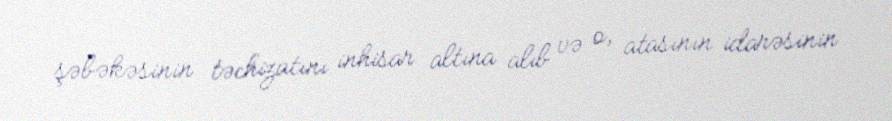
şəbəkəsinin təchizatını inhisar altına alıb və o, atasının idarəsinin